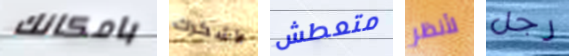
بامكانك لأشكرك متعطش لأنظر رجل